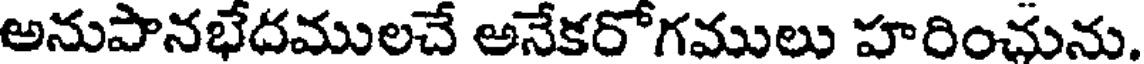
అనుపానభేదములచే అనేకరోగములు హరించును.